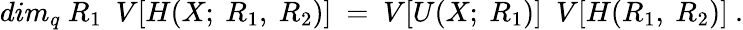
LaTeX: dim_{q}~R_{1}~~V[H(X;~R_{1},~R_{2})]~=~V[U(X;~R_{1})]~~V[H(R_{1},~R_{2})]~.